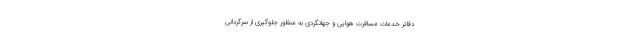
دفاتر خدمات مسافرت هوایی و جهانگردی به منظور جلوگیری از سرگردانی